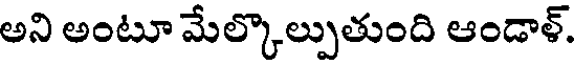
అని అంటూ మేల్కొల్పుతుంది ఆండాళ్.